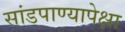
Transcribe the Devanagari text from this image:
सांडपाण्यापेक्षा